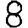
Digit: 8